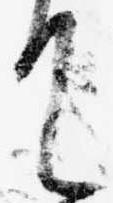
て